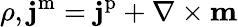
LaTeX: \rho,\mathbf{j}^{\mathrm{m}}=\mathbf{j}^{\mathrm{p}}+\nabla\times\mathbf{m}